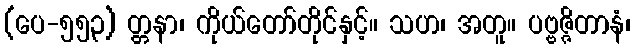
(ပေ-၅၅၃) တ္တနာ၊ ကိုယ်တော်တိုင်နှင့်။ သဟ၊ အတူ။ ပဗ္ဗဇ္ဇိတာနံ၊